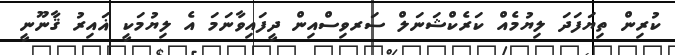
ކުރިން ތިޔަފަދަ ލިޔުމެއް ކަރެކްޝަނަލް ސަރވިސްއިން ދީފައިވާނަމަ އެ ލިޔުމަކީ ޣައިރު ޤާނޫނީ